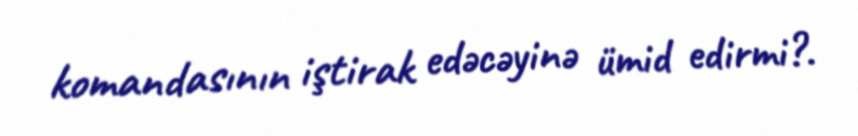
komandasının iştirak edəcəyinə ümid edirmi?.